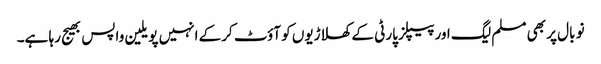
نو بال پر بھی مسلم لیگ اور پیپلز پارٹی کے کھلاڑیوں کو آؤٹ کرکے انہیں پویلین واپس بھیج رہا ہے۔